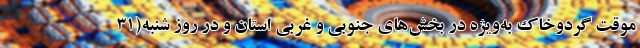
موقت گردوخاک به‌ویژه در بخش‌های جنوبی و غربی استان و در روز شنبه(۳۱